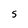
Character: S